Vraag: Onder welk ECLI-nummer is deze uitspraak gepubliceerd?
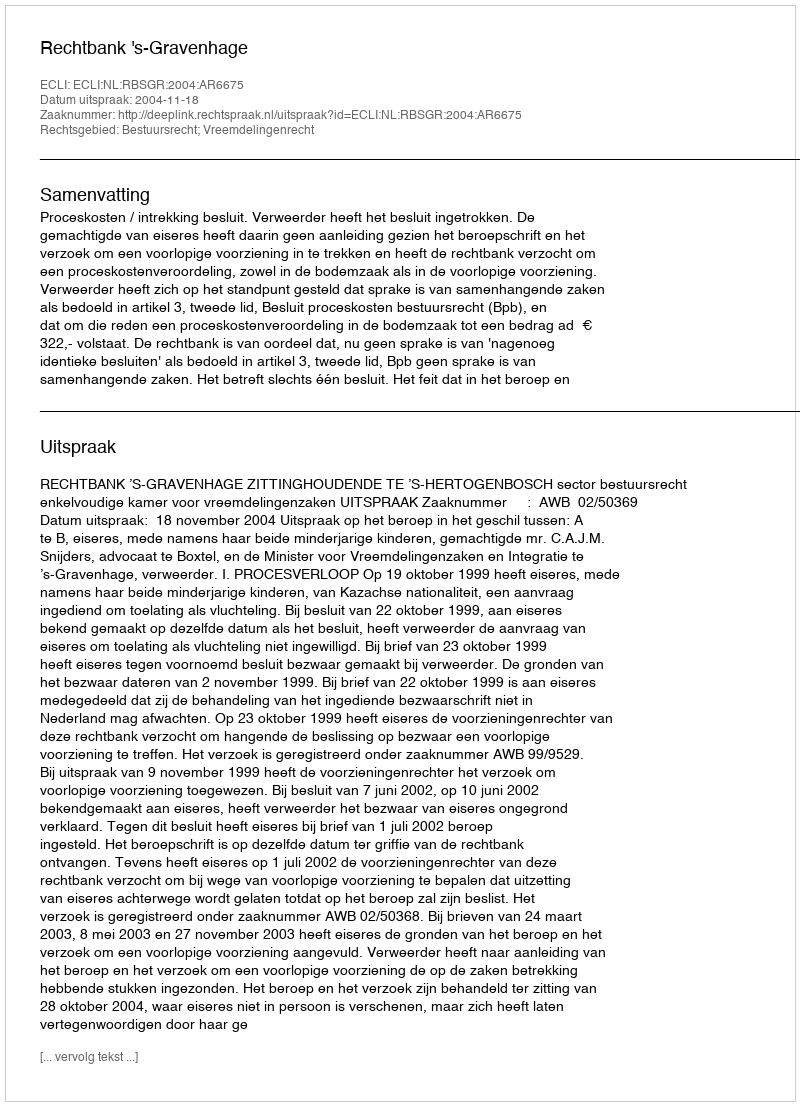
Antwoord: ECLI:NL:RBSGR:2004:AR6675